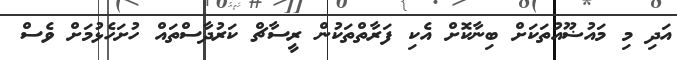
އަދި މި މައުޟޫއުތަކަށް ބިނާކޮށް އެކި ފަރާތްތަކުން ރީސާޗް ކަރުދާސްތައް ހުށަހެޅުމަށް ވެސް